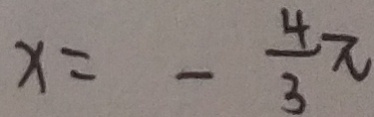
x = - \frac { 4 } { 3 } \pi